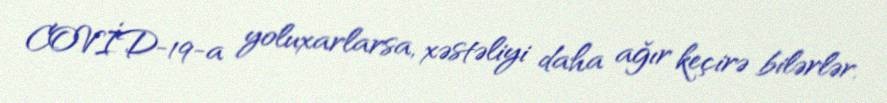
COVİD-19-a yoluxarlarsa, xəstəliyi daha ağır keçirə bilərlər.